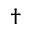
^ \dagger